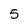
Character: 5